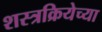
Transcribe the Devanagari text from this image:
शस्त्रक्रियेच्या